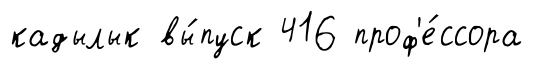
кадылык вы́пуск 416 проф'е́ссора